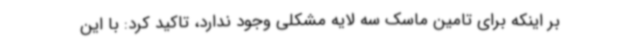
بر اینکه برای تامین ماسک سه لایه مشکلی وجود ندارد، تاکید کرد: با این